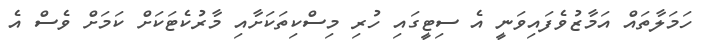
ހަމަލާތައް އަމާޒުވެފައިވަނީ އެ ސިޓީގައި ހުރި މިސްކިތަކަށާއި މާރުކެޓަކަށް ކަމަށް ވެސް އެ